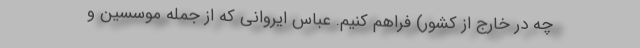
چه در خارج از کشور) فراهم کنیم. عباس ایروانی که از جمله موسسین و